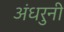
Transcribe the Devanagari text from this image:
अंधरुनी